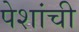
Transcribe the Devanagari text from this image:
पेशांची